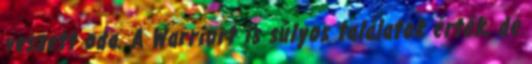
veszett oda. A Warriort is súlyos találatok érték, de